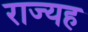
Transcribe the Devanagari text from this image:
राज्यह